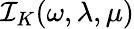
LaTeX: \mathcal{I}_{K}(\omega,\lambda,\mu)